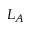
L _ { A }